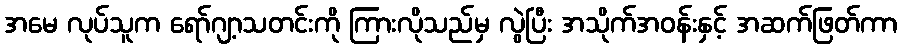
အမေ လုပ်သူက ရော်ဂျာ့သတင်းကို ကြားလိုသည်မှ လွဲပြီး အသိုက်အဝန်းနှင့် အဆက်ဖြတ်ကာ